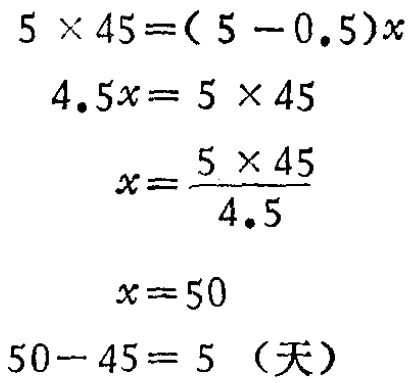
\[
\begin{align*}
5\times45&=(5 - 0.5)x\\
4.5x&=5\times45\\
x&=\frac{5\times45}{4.5}\\
x&=50\\
50 - 45&= 5\ (\text{天})
\end{align*}
\]